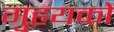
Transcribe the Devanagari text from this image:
गुहृयकों